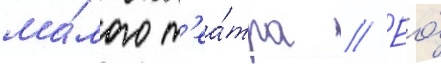
ма́лого т'еа́тра // Ео́